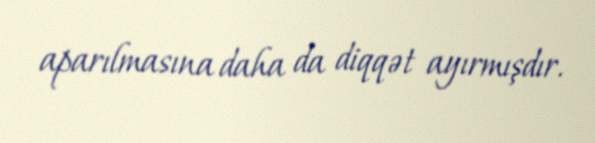
aparılmasına daha da diqqət ayırmışdır.